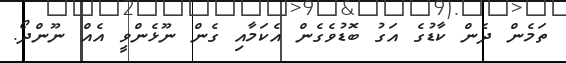
ތަމެން ދެން ކާޑުގެ އަގު ބޮޑުވެގެން އެކަމާއި ގެން ނޫޅެންވީ އެއް ނޫންދޯ.